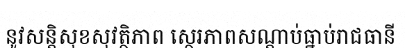
នូវសន្តិសុខសុវត្ថិភាព ស្ថេរភាពសណ្តាប់ធ្នាប់រាជធានី